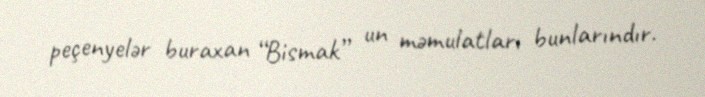
peçenyelər buraxan “Bismak” un məmulatları bunlarındır.